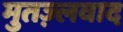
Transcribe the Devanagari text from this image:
मुतज़्लवाद